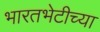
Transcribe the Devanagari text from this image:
भारतभेटीच्या